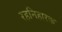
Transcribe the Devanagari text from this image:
रहनिहारक